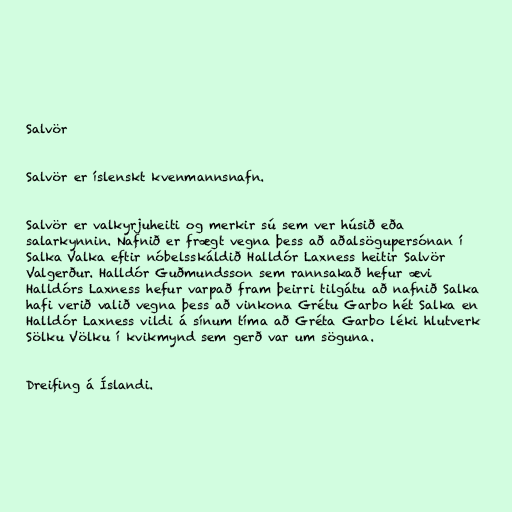
Salvör

Salvör er íslenskt kvenmannsnafn.

Salvör er valkyrjuheiti og merkir sú sem ver húsið eða
salarkynnin. Nafnið er frægt vegna þess að aðalsögupersónan í
Salka Valka eftir nóbelsskáldið Halldór Laxness heitir Salvör
Valgerður. Halldór Guðmundsson sem rannsakað hefur ævi
Halldórs Laxness hefur varpað fram þeirri tilgátu að nafnið Salka
hafi verið valið vegna þess að vinkona Grétu Garbo hét Salka en
Halldór Laxness vildi á sínum tíma að Gréta Garbo léki hlutverk
Sölku Völku í kvikmynd sem gerð var um söguna.

Dreifing á Íslandi.